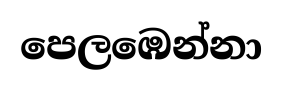
පෙලඹෙන්නා